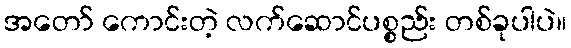
အတော် ကောင်းတဲ့ လက်ဆောင်ပစ္စည်း တစ်ခုပါပဲ။